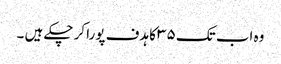
وہ اب تک ۳۵ کا ہدف پورا کر چکے ہیں ۔